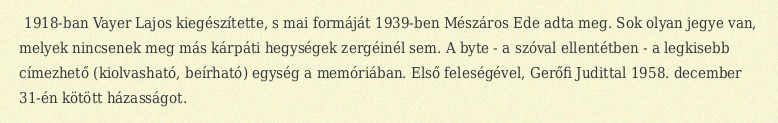
1918-ban Vayer Lajos kiegészítette, s mai formáját 1939-ben Mészáros Ede adta meg. Sok olyan jegye van, melyek nincsenek meg más kárpáti hegységek zergéinél sem. A byte - a szóval ellentétben - a legkisebb címezhető (kiolvasható, beírható) egység a memóriában. Első feleségével, Gerőfi Judittal 1958. december 31-én kötött házasságot.